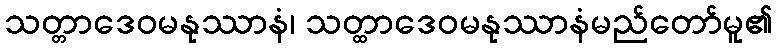
သတ္တာဒေဝမနုဿာနံ၊ သတ္ထာဒေဝမနုဿာနံမည်တော်မူ၏